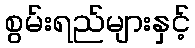
စွမ်းရည်များနှင့်